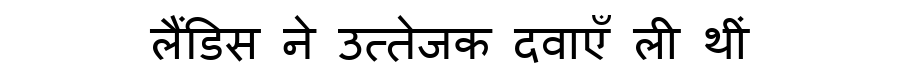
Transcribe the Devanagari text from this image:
लैंडिस ने उत्तेजक दवाएँ ली थीं